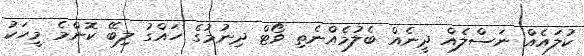
ކުލައެއް ނަސްލެއް ދީނެއް ބެލުމެއްނެތި ވޯޓް ދިނުމުގެ ހައްގު ލިބޭ ކޮންމެ މީހަކު